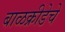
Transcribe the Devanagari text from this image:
बाळक्रीडेचे